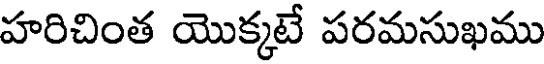
హరిచింత యొక్కటే పరమసుఖము